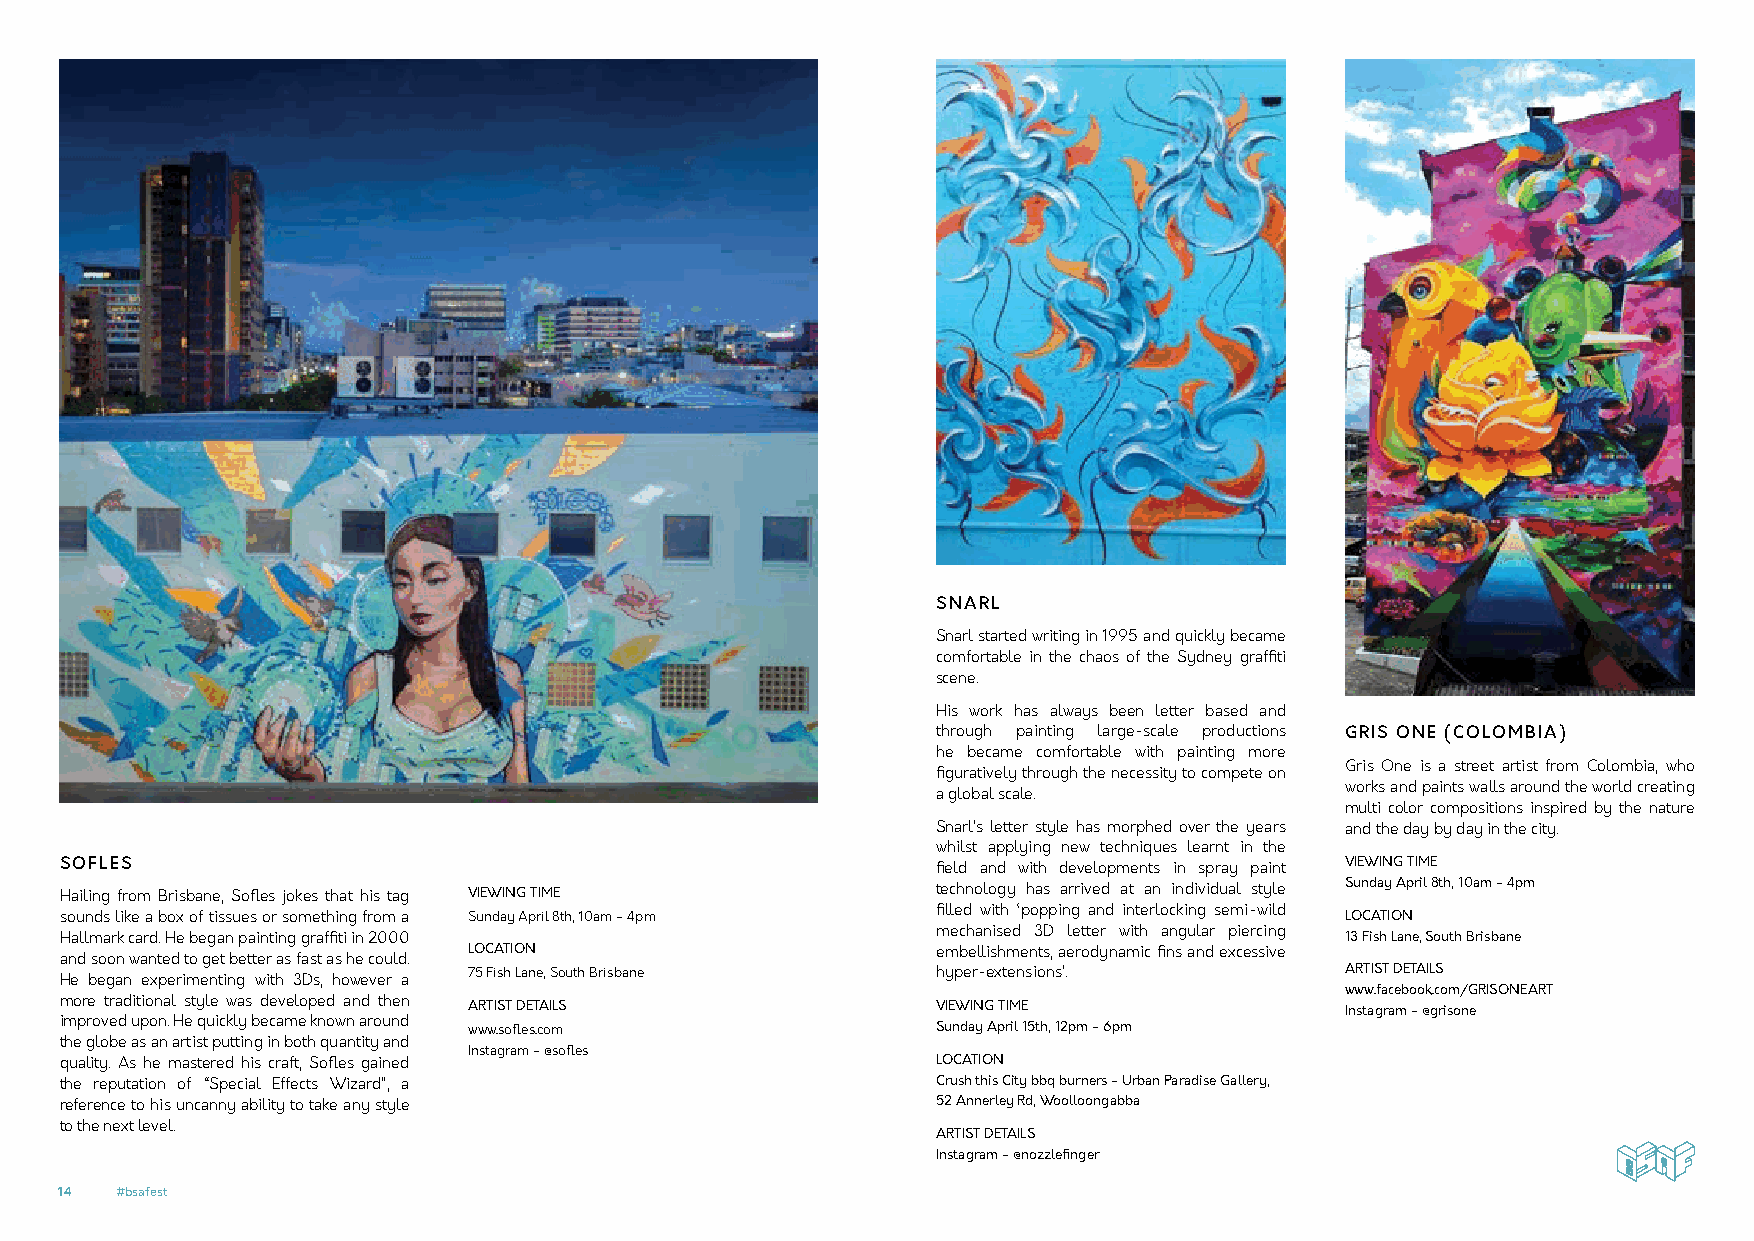
SNARL
 Snarl started writing in 1995 and quickly became
 comfortable in the chaos of the Sydney graffiti
 scene.
 His work has always been letter based and
 through painting large-scale productions GRIS ONE (COLOMBIA)
 he became comfortable with painting more
 Gris One is a street artist from Colombia, who
 figuratively through the necessity to compete on
 works and paints walls around the world creating
 a global scale.
 multi color compositions inspired by the nature
 Snarl’s letter style has morphed over the years and the day by day in the city.
 whilst applying new techniques learnt in the
 SOFLES                                                    field and with developments in spray paint VIEWING TIME
 Hailing from Brisbane, Sofles jokes that his tag VIEWING TIME technology has arrived at an individual style Sunday April 8th, 10am - 4pm
 filled with ‘popping and interlocking semi-wild
 sounds like a box of tissues or something from a Sunday April 8th, 10am - 4pm        LOCATION
 mechanised 3D letter with angular piercing
 Hallmark card. He began painting graffiti in 2000                                    13 Fish Lane, South Brisbane
 LOCATION                       embellishments, aerodynamic fins and excessive
 and soon wanted to get better as fast as he could.
 He began experimenting with 3Ds, however a 75 Fish Lane, South Brisbane hyper-extensions’. ARTIST DETAILS
 www.facebook.com/GRISONEART
 more traditional style was developed and then ARTIST DETAILS VIEWING TIME            Instagram - @grisone
 improved upon. He quickly became known around
 www.sofles.com                 Sunday April 15th, 12pm - 6pm
 the globe as an artist putting in both quantity and
 Instagram - @sofles
 quality. As he mastered his craft, Sofles gained          LOCATION
 the reputation of “Special Effects Wizard”, a             Crush this City bbq burners - Urban Paradise Gallery,
 reference to his uncanny ability to take any style        52 Annerley Rd, Woolloongabba
 to the next level.
 ARTIST DETAILS
 Instagram - @nozzlefinger
 14  #bsafest